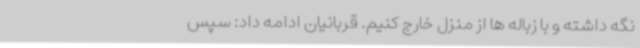
نگه داشته و با زباله ها از منزل خارج کنیم. قربانیان ادامه داد: سپس